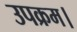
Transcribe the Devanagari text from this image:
उपक्रम।